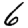
Digit: 6